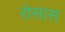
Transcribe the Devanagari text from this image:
रोसास